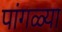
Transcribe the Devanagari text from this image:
पांगळ्या